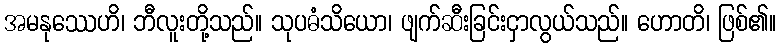
အမနုဿေဟိ၊ ဘီလူးတို့သည်။ သုပဓံသိယော၊ ဖျက်ဆီးခြင်းငှာလွယ်သည်။ ဟောတိ၊ ဖြစ်၏။